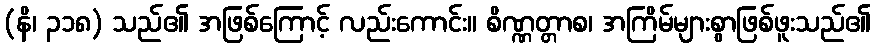
(နိ၊ ၃၁၈) သည်၏ အဖြစ်ကြောင့် လည်းကောင်း။ စိဏ္ဏတ္တာစ၊ အကြိမ်များစွာဖြစ်ဖူးသည်၏